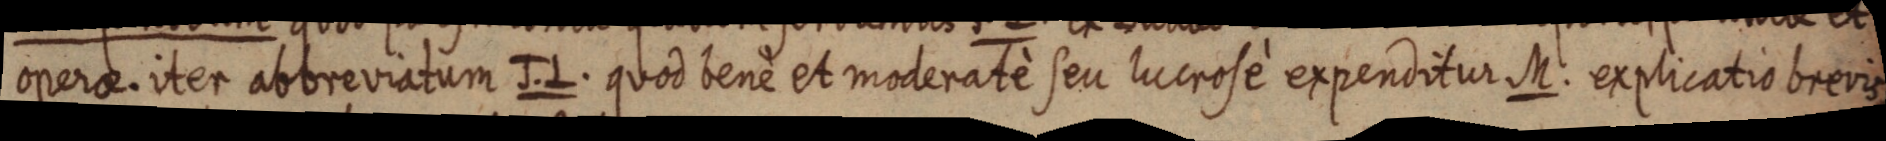
operae. iter abbreviatum J. L. quod benè et moderatè seu lucrose expenditur M. explicatio brevis